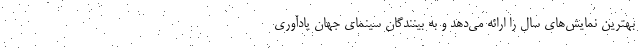
بهترین نمایش‌های سال را ارائه می‌دهد و به بینندگان سینمای جهان یادآوری